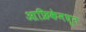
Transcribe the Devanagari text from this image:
आफ्रिकेमधून